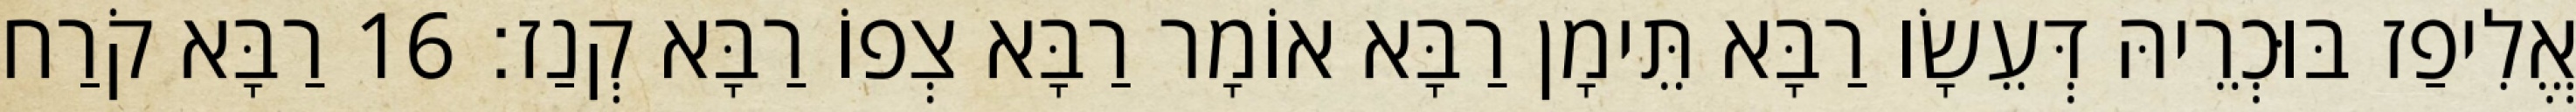
אֱלִיפַז בּוּכְרֵיהּ דְּעֵשָׂו רַבָּא תֵּימָן רַבָּא אוֹמָר רַבָּא צְפוֹ רַבָּא קְנַז׃ 16 רַבָּא קֹרַח